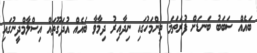
ބައެއް ސަބަބު ބަނޑަށް ފުރަތަމަ ތިންމަހުގައި ނިދާއިރު ދިމާވާ ބައެއް އުދަގޫތައް އިސްލާމްދީނުގައި